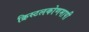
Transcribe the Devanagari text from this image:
क्रिस्टलकोणमापी